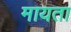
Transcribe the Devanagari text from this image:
मायता